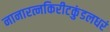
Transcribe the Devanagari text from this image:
नानारत्नकिरीटकुंडलधरं